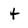
Character: t